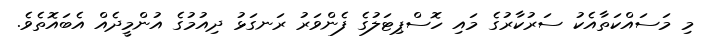
މި މަސައްކަތާއެކު ސަރުކާރުގެ މައި ހޮސްޕިޓަލުގެ ފެންވަރު ރަނގަޅު ދިއުމުގެ އުންމީދެއް އެބައޮތެވެ.